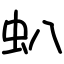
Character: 𧈢